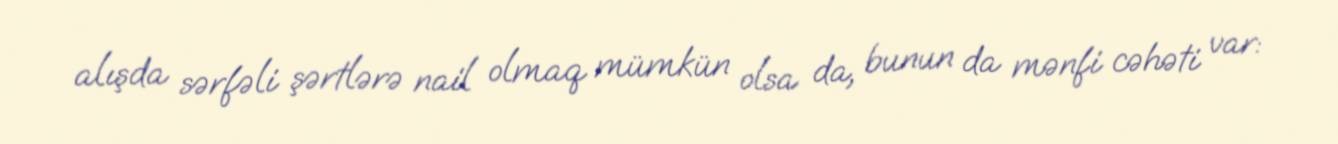
alışda sərfəli şərtlərə nail olmaq mümkün olsa da, bunun da mənfi cəhəti var: